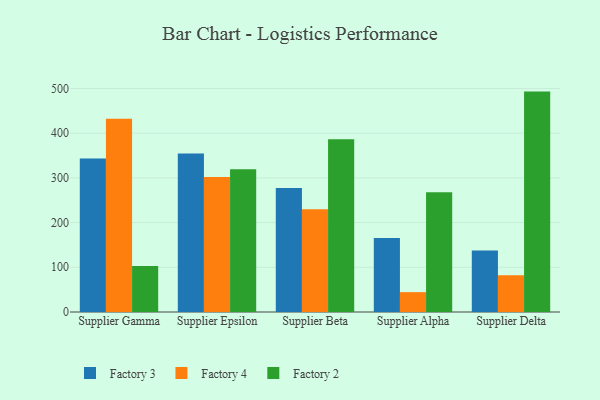
{"axis": {"x": "Supplier", "y": "Page Views"}, "legend": ["Factory 2", "Factory 3", "Factory 4"], "data": [{"x": "Supplier Gamma", "y": 343.6, "type": "Factory 3"}, {"x": "Supplier Gamma", "y": 432.2, "type": "Factory 4"}, {"x": "Supplier Gamma", "y": 102.8, "type": "Factory 2"}, {"x": "Supplier Epsilon", "y": 354.8, "type": "Factory 3"}, {"x": "Supplier Epsilon", "y": 302.2, "type": "Factory 4"}, {"x": "Supplier Epsilon", "y": 319.3, "type": "Factory 2"}, {"x": "Supplier Beta", "y": 277.1, "type": "Factory 3"}, {"x": "Supplier Beta", "y": 230.0, "type": "Factory 4"}, {"x": "Supplier Beta", "y": 386.6, "type": "Factory 2"}, {"x": "Supplier Alpha", "y": 165.4, "type": "Factory 3"}, {"x": "Supplier Alpha", "y": 44.4, "type": "Factory 4"}, {"x": "Supplier Alpha", "y": 268.1, "type": "Factory 2"}, {"x": "Supplier Delta", "y": 137.8, "type": "Factory 3"}, {"x": "Supplier Delta", "y": 82.0, "type": "Factory 4"}, {"x": "Supplier Delta", "y": 493.0, "type": "Factory 2"}]}